[Report on the health of British troops in the Madras command]
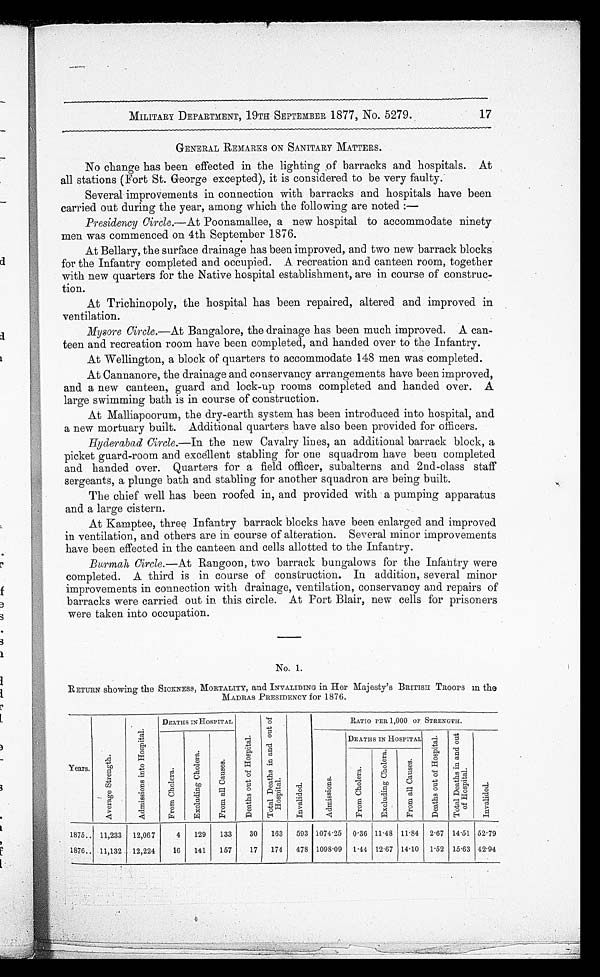
MILITARY DEPARTMENT, 19TH SEPTEMBER 1877, No. 5279.
GENERAL REMARKS ON SANITARY MATTERS.
No change has been effected in the lighting of barracks and hospitals. At
all stations (Fort St. George excepted), it is considered to be very faulty.
Several improvements in connection with barracks and hospitals have been
carried out during the year, among which the following are noted :—
Presidency Circle.—At Poonamallee, a new hospital to accommodate ninety
men was commenced on 4th September 1876.
At Bellary, the surface drainage has been improved, and two new barrack blocks
for the Infantry completed and occupied. A recreation and canteen room, together
with new quarters for the Native hospital establishment, are in course of construc
- t i o n .
At Trichinopoly, the hospital has been repaired, altered and improved in
ventilation.
Mysore Circle.—At Bangalore, the drainage has been much improved. A can
-teen and recreation room have been completed, and handed over to the Infantry.
At Wellington, a block of quarters to accommodate 148 men was completed.
At Cannanore, the drainage and conservancy arrangements have been improved,
and a new canteen, guard and lock-up rooms completed and handed over. A
large swimming bath is in course of construction.
At Malliapoorum, the dry-earth system has been introduced into hospital, and
a new mortuary built. Additional quarters have also been provided for officers.
Hyderabad Circle.—In the new Cavalry lines, an additional barrack block, a
picket guard-room and excellent stabling for one squadrom have been completed
and handed over. Quarters for a field officer, subalterns and 2nd-class staff
sergeants, a plunge bath and stabling for another squadron are being built.
The chief well has been roofed in, and provided with a pumping apparatus
and a large cistern.
At Kamptee, three Infantry barrack blocks have been enlarged and improved
in ventilation, and others are in course of alteration. Several minor improvements
have been effected in the canteen and cells allotted to the Infantry.
Burmah Circle.—At Rangoon, two barrack bungalows for the Infantry were
completed. A third is in course of construction. In addition, several minor
improvements in connection with drainage, ventilation, conservancy and repairs of
barracks were carried out in this circle. At Port Blair, new cells for prisoners
were taken into occupation.
No. 1.
RETURN showing the SICKNESS, MORTALITY, and INVALIDING in Her Majesty's BRITISH TROOPS in the
MADRAS PRESIDENCY for 1 8 7 6.
Years.
A v e r a g e S t r e n g t h .
A d m i s s i o n s i n t o H o s p i t a l .
DEATHS IN- HOSPITAL
D e a t h s o u t o f H o s p i t a l .
T o t a l D e a t h s i n a n d o u r o f H o s p i t a l .
I n v a l i d e d .
RATIO PER 1,000 OF STRENGTH.
A d m i s s i o n .
DEATHS IN HOSPITAL
D e a t h s o u t o f H o s p i t a l .
T o t a l D e a t h s i n a n d o u t o f H o s p i t a l .
I n v a l i d e d .
F r o m C h o l e r a .
E x c l u d i n g C h a u s e s .
F r o m a l l c a u s e s .
F r o m C h o l e r a .
E x c l u d i n g C h o l e r a .
F r o m a l l C a u s e s .
1875. . . 11,233
12,067
4
129
133
30
163
593 1074 . 25
0 . 36 11 . 48 11 . 84
2 . 67 14 . 51 52.79
1876. . . 11,132
12,224
16
1.41
157
17
174
478 1098 . 09
1 ,14 12.67 14. 10
1 . 52 15 . 63 42.94
17